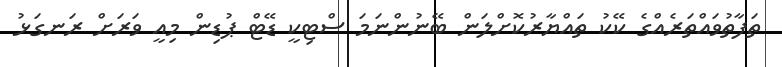
ތަފާތުވައްތަރެއްގެ ކޭކު ތައްޔާރުކޮށްލަން ބޭނުންނަމަ ސްޓިކީ ޑޭޓް ޕުޑިން މިއީ ވަރަށް ރަނގަޅު